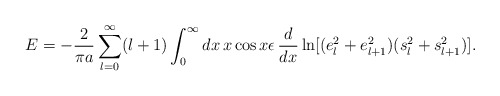
\begin{align*}E=-{2\over\pi a}\sum_{l=0}^\infty(l+1)\int_0^\infty dx\,x\cos x\epsilon\,{d\over dx}\ln[(e_l^2+e_{l+1}^2)(s_l^2+s_{l+1}^2)].\end{align*}